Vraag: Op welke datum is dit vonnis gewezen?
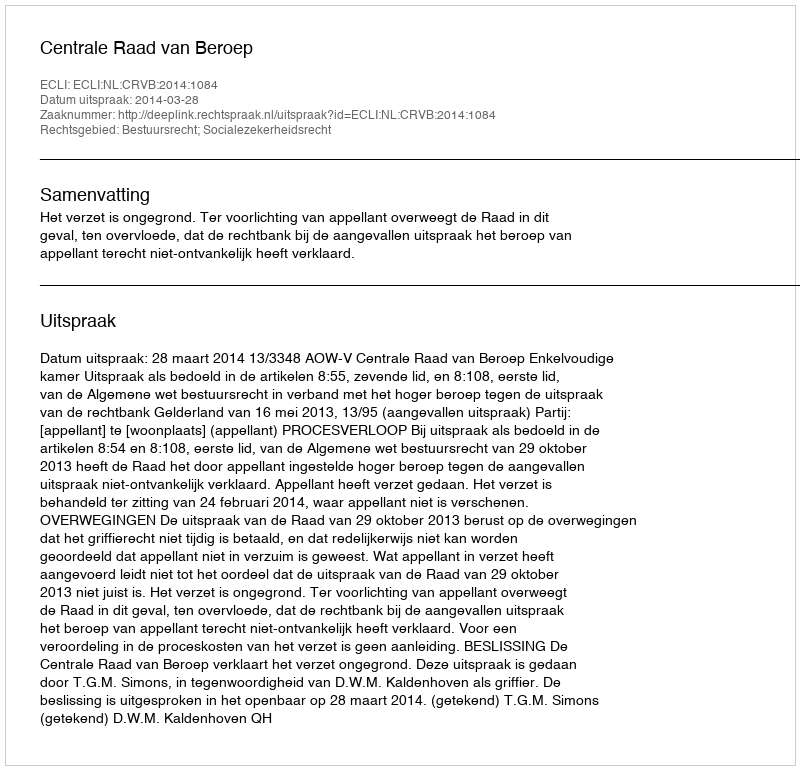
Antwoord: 2014-03-28